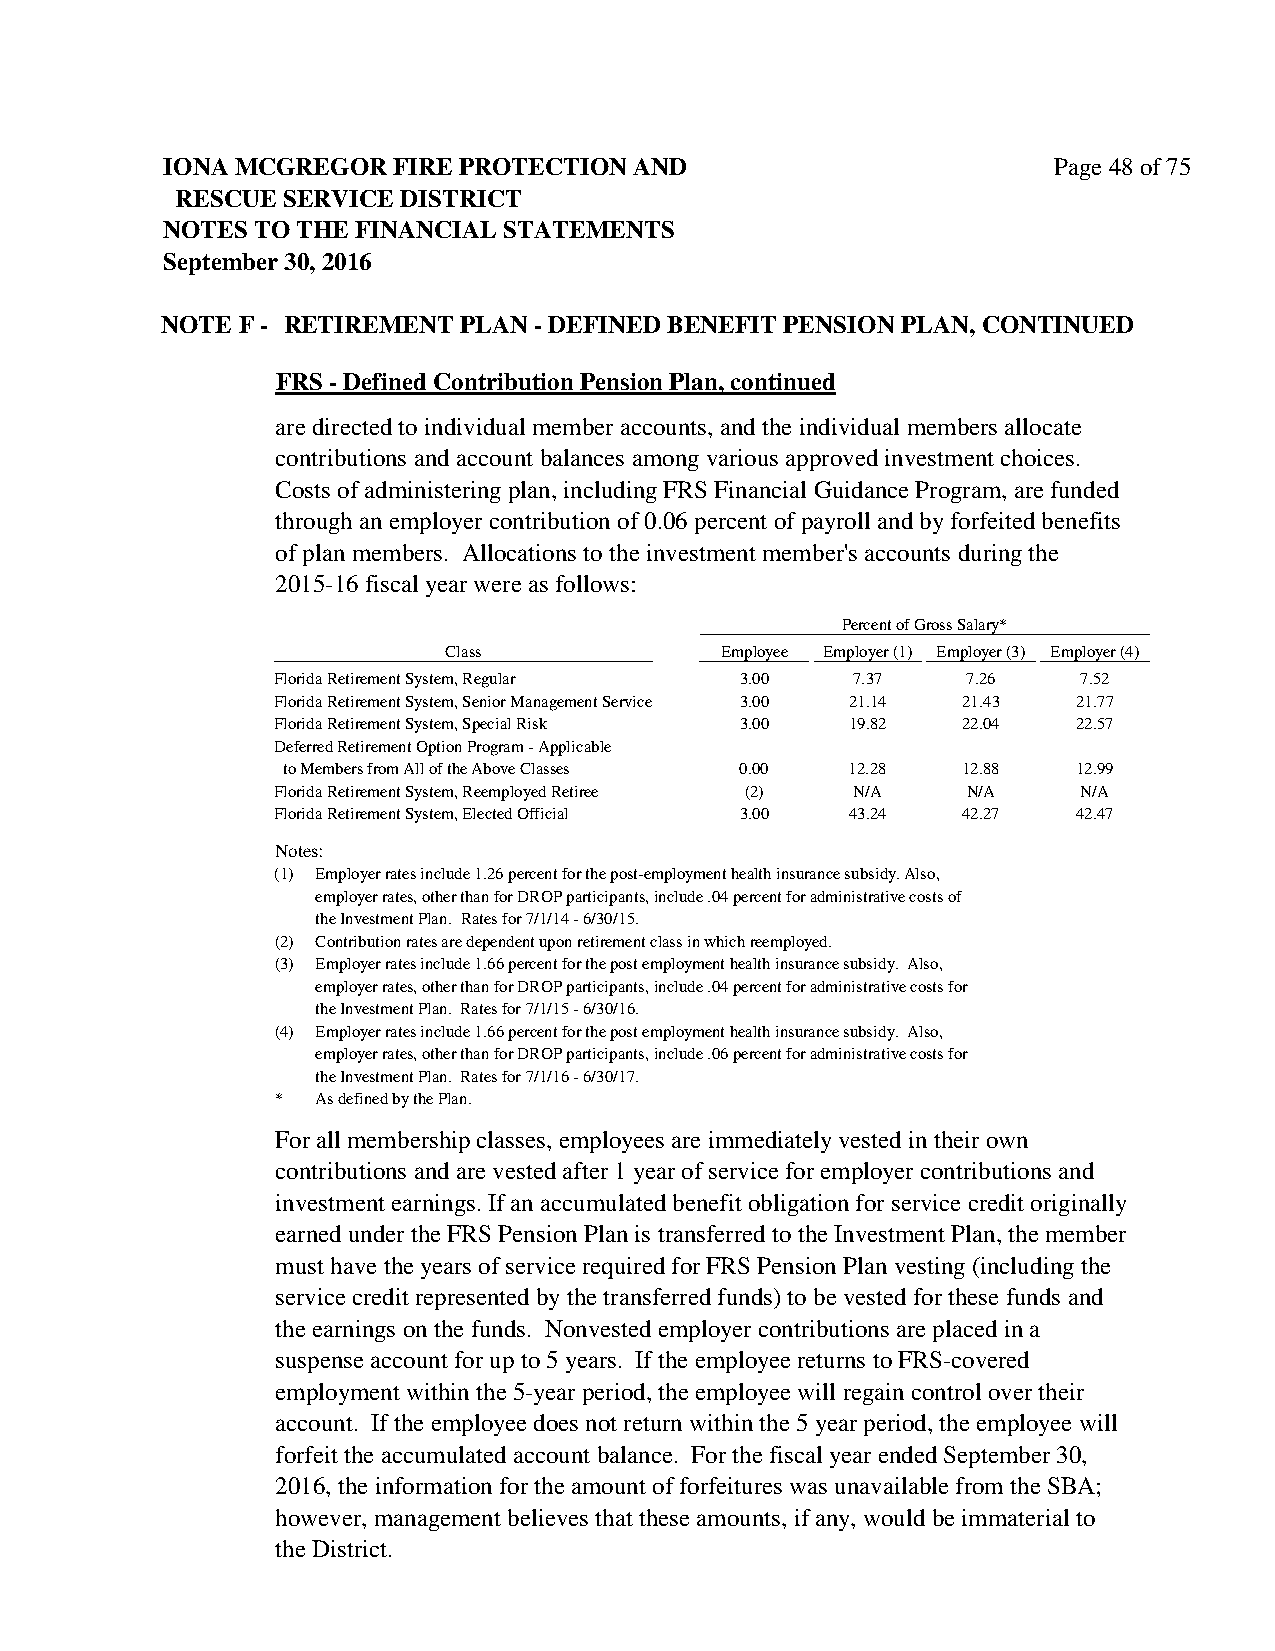
IONA MCGREGOR  FIRE PROTECTION AND                         Page 48 of 75
 RESCUE SERVICE DISTRICT
 NOTES TO THE FINANCIAL STATEMENTS
 September 30, 2016
 NOTE F - RETIREMENT PLAN - DEFINED BENEFIT PENSION PLAN, CONTINUED
 FRS - Defined Contribution Pension Plan, continued
 are directed to individual member accounts, and the individual members allocate
 contributions and account balances among various approved investment choices.
 Costs of administering plan, including FRS Financial Guidance Program, are funded
 through an employer contribution of 0.06 percent of payroll and by forfeited benefits
 of plan members. Allocations to the investment member's accounts during the
 2015-16 fiscal year were as follows:
 Percent of Gross Salary*
 Class              Employee Employer (1) Employer (3) Employer (4)
 Florida Retirement System, Regular 3.00 7.37  7.26    7.52
 Florida Retirement System, Senior Management Service 3.00 21.14 21.43 21.77
 Florida Retirement System, Special Risk 3.00 19.82 22.04 22.57
 Deferred Retirement Option Program - Applicable
 to Members from All of the Above Classes 0.00 12.28 12.88 12.99
 Florida Retirement System, Reemployed Retiree (2) N/A N/A N/A
 Florida Retirement System, Elected Official 3.00 43.24 42.27 42.47
 Notes:
 (1) Employer rates include 1.26 percent for the post-employment health insurance subsidy. Also,
 employer rates, other than for DROP participants, include .04 percent for administrative costs of
 the Investment Plan. Rates for 7/1/14 - 6/30/15.
 (2) Contribution rates are dependent upon retirement class in which reemployed.
 (3) Employer rates include 1.66 percent for the post employment health insurance subsidy. Also,
 employer rates, other than for DROP participants, include .04 percent for administrative costs for
 the Investment Plan. Rates for 7/1/15 - 6/30/16.
 (4) Employer rates include 1.66 percent for the post employment health insurance subsidy. Also,
 employer rates, other than for DROP participants, include .06 percent for administrative costs for
 the Investment Plan. Rates for 7/1/16 - 6/30/17.
 *  As defined by the Plan.
 For all membership classes, employees are immediately vested in their own
 contributions and are vested after 1 year of service for employer contributions and
 investment earnings. If an accumulated benefit obligation for service credit originally
 earned under the FRS Pension Plan is transferred to the Investment Plan, the member
 must have the years of service required for FRS Pension Plan vesting (including the
 service credit represented by the transferred funds) to be vested for these funds and
 the earnings on the funds. Nonvested employer contributions are placed in a
 suspense account for up to 5 years. If the employee returns to FRS-covered
 employment within the 5-year period, the employee will regain control over their
 account. If the employee does not return within the 5 year period, the employee will
 forfeit the accumulated account balance. For the fiscal year ended September 30,
 2016, the information for the amount of forfeitures was unavailable from the SBA;
 however, management believes that these amounts, if any, would be immaterial to
 the District.